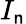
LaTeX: I_{\mathsf{n}}